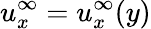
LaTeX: u_{x}^{\infty}=u_{x}^{\infty}(y)